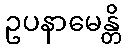
ဥပနာမေန္တိ